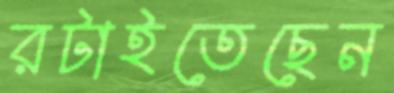
রটাইতেছেন